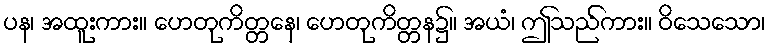
ပန၊ အထူးကား။ ဟေတုကိတ္တနေ၊ ဟေတုကိတ္တန၌။ အယံ၊ ဤသည်ကား။ ဝိသေသော၊